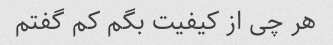
هر چی از کیفیت بگم کم گفتم